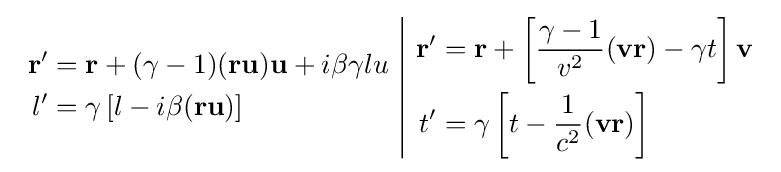
{\begin{array}{c|c}{\begin{aligned}\mathbf {r} '&=\mathbf {r} +(\gamma -1)(\mathbf {ru} )\mathbf {u} +i\beta \gamma lu\\l'&=\gamma \left[l-i\beta (\mathbf {ru} )\right]\end{aligned}}&{\begin{aligned}\mathbf {r} '&=\mathbf {r} +\left[{\frac {\gamma -1}{v^{2}}}(\mathbf {vr} )-\gamma t\right]\mathbf {v} \\t'&=\gamma \left[t-{\frac {1}{c^{2}}}(\mathbf {vr} )\right]\end{aligned}}\end{array}}